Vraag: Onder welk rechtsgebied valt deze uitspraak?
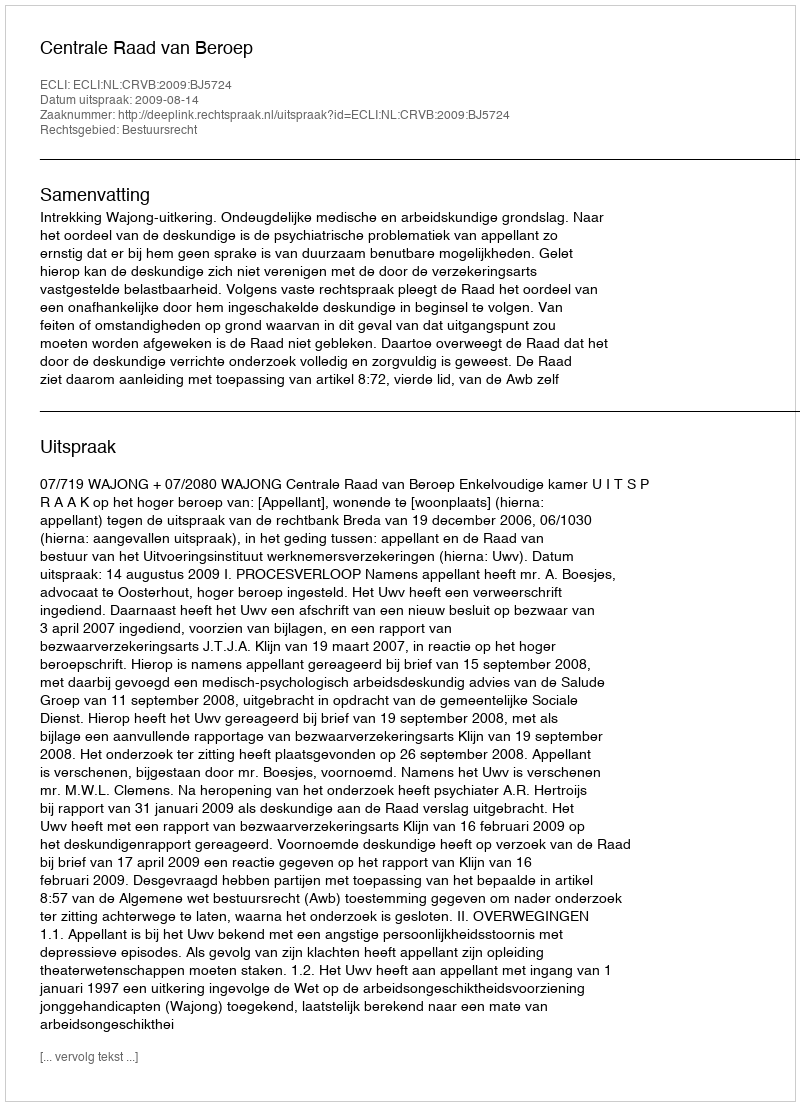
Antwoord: Bestuursrecht